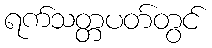
ရက်သတ္တပတ်တွင်